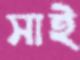
সাই